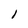
Character: l